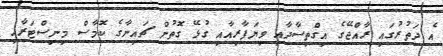
އެ ދަތުރުގައި ރާއްޖޭގެ އިގްތިސާދާއި ވިޔަފާރިއާއި ގުޅޭ ގޮތުން ޗައިނާގެ ކޮމާސް މިނިސްޓަރާއި